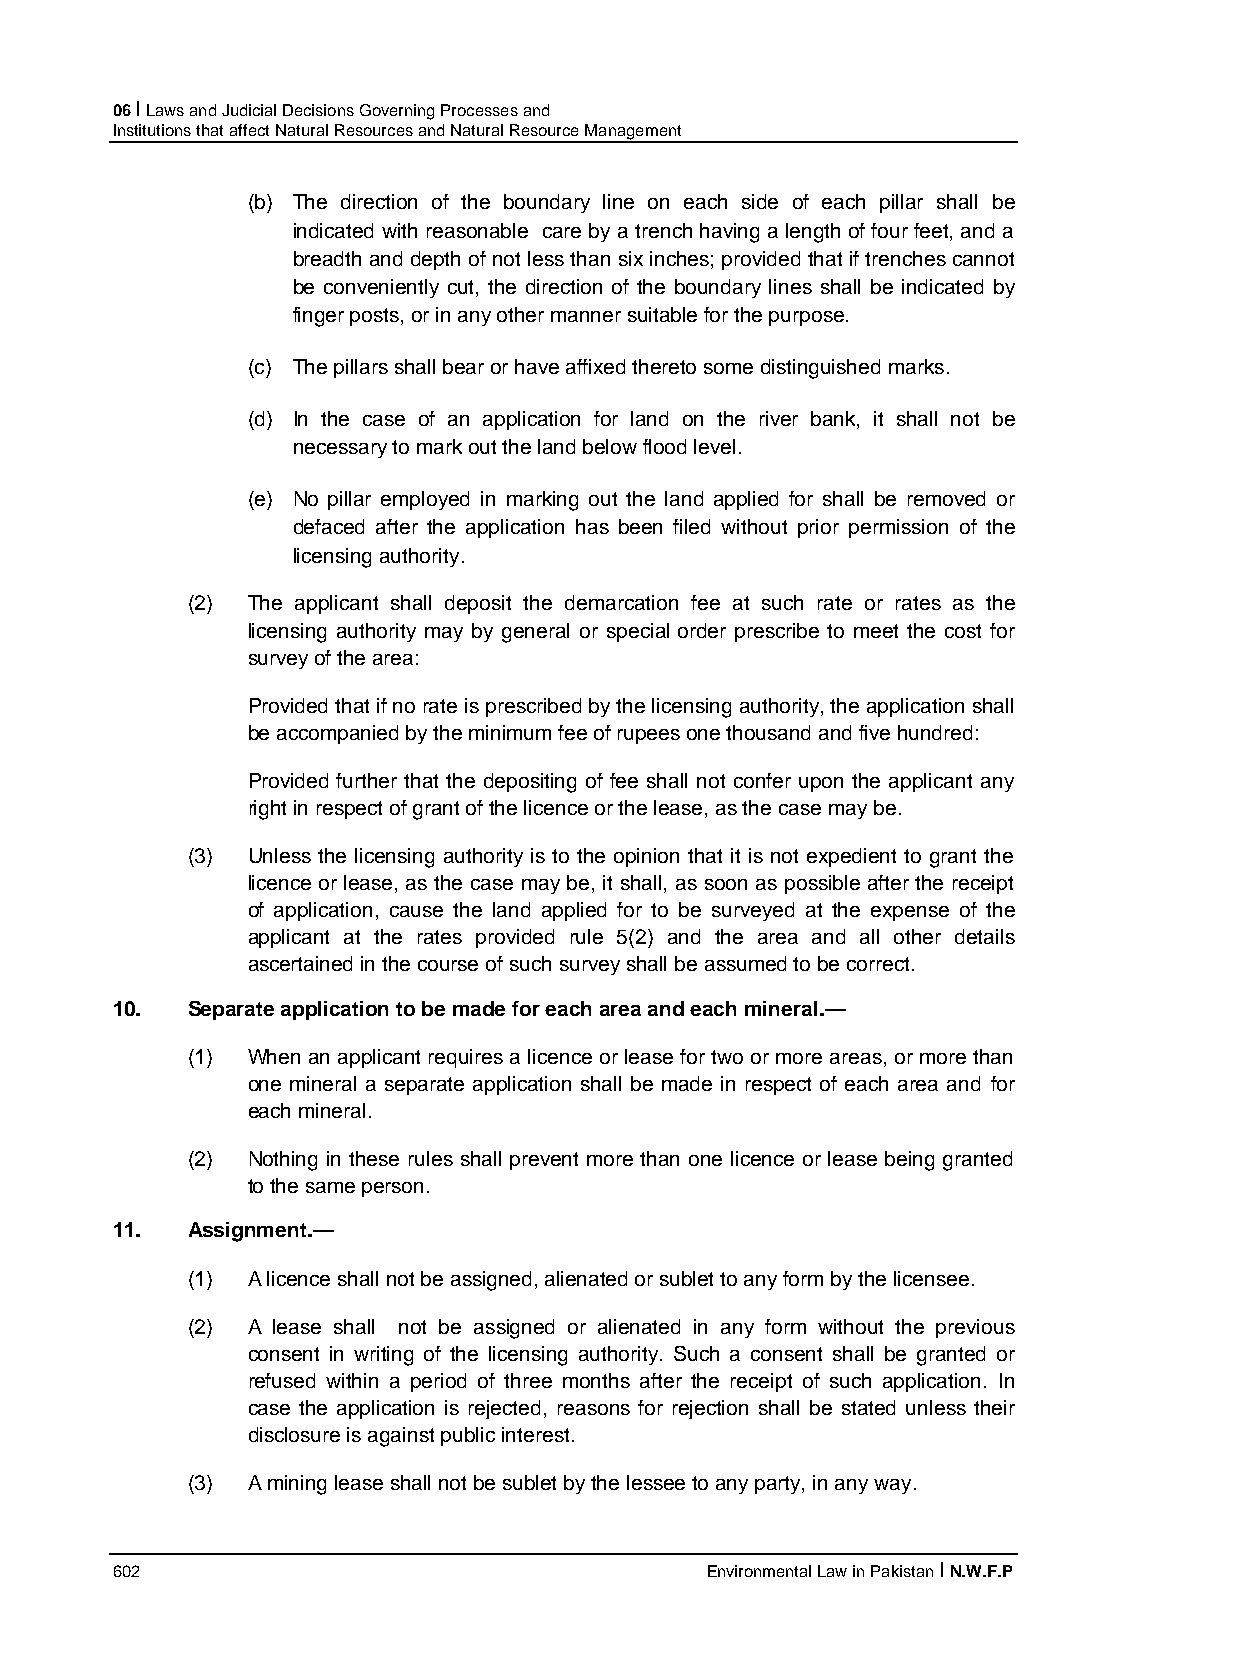
06 I Laws and Judicial Decisions Governing Processes and
 Institutions that affect Natural Resources and Natural Resource Management
 (b) The direction of the boundary line on each side of each pillar shall be
 indicated with reasonable care by a trench having a length of four feet, and a
 breadth and depth of not less than six inches; provided that if trenches cannot
 be conveniently cut, the direction of the boundary lines shall be indicated by
 finger posts, or in any other manner suitable for the purpose.
 (c) The pillars shall bear or have affixed thereto some distinguished marks.
 (d) In the case of an application for land on the river bank, it shall not be
 necessary to mark out the land below flood level.
 (e) No pillar employed in marking out the land applied for shall be removed or
 defaced after the application has been filed without prior permission of the
 licensing authority.
 (2) The applicant shall deposit the demarcation fee at such rate or rates as the
 licensing authority may by general or special order prescribe to meet the cost for
 survey of the area:
 Provided that if no rate is prescribed by the licensing authority, the application shall
 be accompanied by the minimum fee of rupees one thousand and five hundred:
 Provided further that the depositing of fee shall not confer upon the applicant any
 right in respect of grant of the licence or the lease, as the case may be.
 (3) Unless the licensing authority is to the opinion that it is not expedient to grant the
 licence or lease, as the case may be, it shall, as soon as possible after the receipt
 of application, cause the land applied for to be surveyed at the expense of the
 applicant at the rates provided rule 5(2) and the area and all other details
 ascertained in the course of such survey shall be assumed to be correct.
 10.  Separate application to be made for each area and each mineral.—
 (1) When an applicant requires a licence or lease for two or more areas, or more than
 one mineral a separate application shall be made in respect of each area and for
 each mineral.
 (2) Nothing in these rules shall prevent more than one licence or lease being granted
 to the same person.
 11.  Assignment.—
 (1) A licence shall not be assigned, alienated or sublet to any form by the licensee.
 (2) A lease shall not be assigned or alienated in any form without the previous
 consent in writing of the licensing authority. Such a consent shall be granted or
 refused within a period of three months after the receipt of such application. In
 case the application is rejected, reasons for rejection shall be stated unless their
 disclosure is against public interest.
 (3) A mining lease shall not be sublet by the lessee to any party, in any way.
 602                                     Environmental Law in Pakistan I N.W.F.P